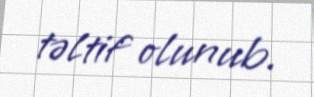
təltif olunub.